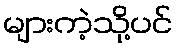
များကဲ့သို့ပင်